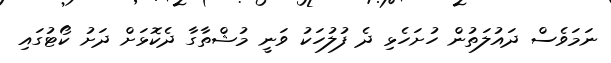
ނަމަވެސް ދައުލަތުން ހުށަހެޅި ދެ ފުލުހަކު ވަނީ މުޝްތާގާ ދެކޮޅަށް ދަށު ކޯޓުގައި